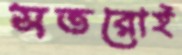
সতরোই